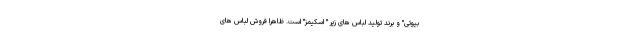
بیوتی" و برند تولید لباس های زیر " اسکیمز" است. ظاهرا فروش لباس های